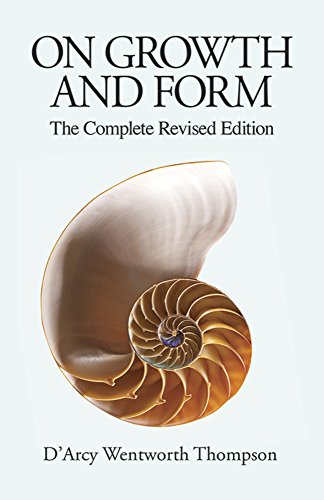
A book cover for On Growth and Form: The Complete Revised Edition; DEEArcy Wentworth Thompson; Medical Books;